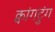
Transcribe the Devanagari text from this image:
क्वांगटुंग